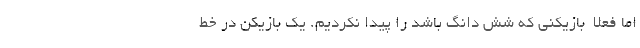
اما فعلا ً بازیکنی که شش دانگ باشد را پیدا نکردیم. یک بازیکن در خط